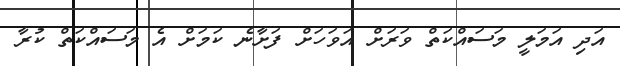
އަދި އަމަލީ މަސައްކަތް ވަރަށް އަވަހަށް ފަށާނެ ކަމަށް އެ މަސައްކަތް ކުރާ